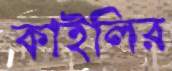
কাইলির